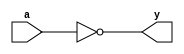
`timescale 1ns/10ps
module zerodetect(a, y);

input [7:0] a;
output y;
assign y = (a==0);

endmodule